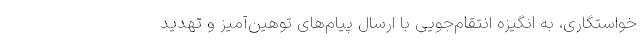
خواستگاری، به انگیزه انتقام‌جویی با ارسال پیام‌های توهین‌آمیز و تهدید